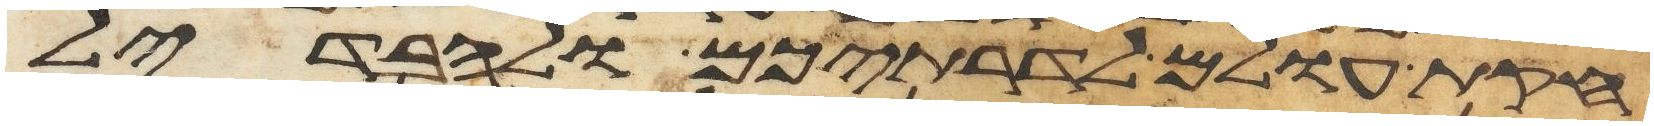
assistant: חקת עולם לדרתיכם ולהבדיל